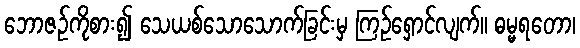
ဘောဇဉ်ကိုစား၍ သေယစ်သောသောက်ခြင်းမှ ကြဉ်ရှောင်လျက်။ ဓမ္မရတော၊